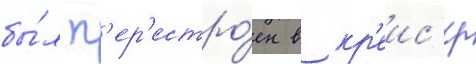
бы́л п'ер'естро́ен в кр'еис'ер